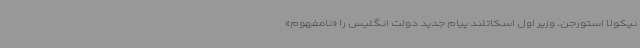
نیکولا استورجن، وزیر اول اسکاتلند پیام جدید دولت انگلیس را «نامفهوم»